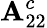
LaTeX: \mathbf{A}_{22}^{c}